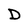
Character: D